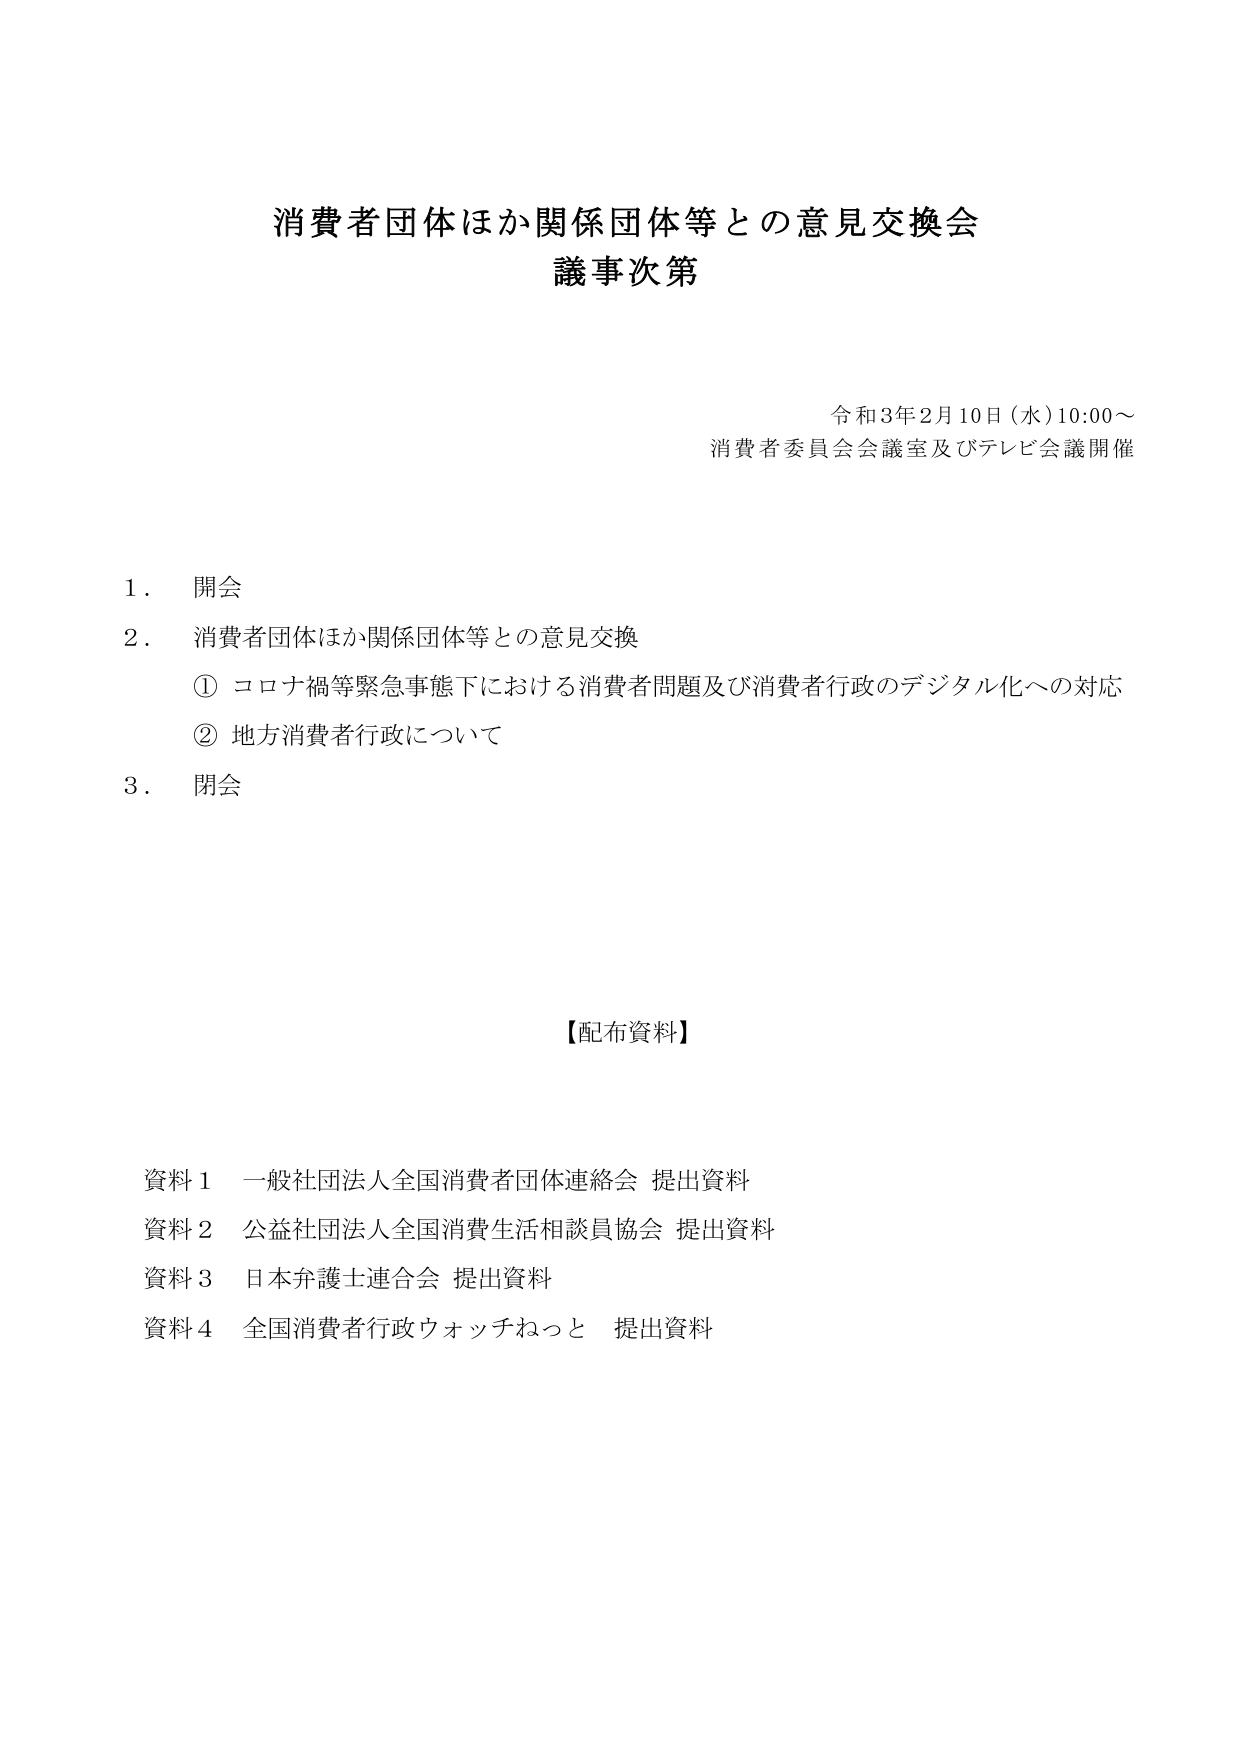
消費者団体ほか関係団体等との意見交換会
議事次第

令和3年2月10日（水）10:00～
消費者委員会会議室及びテレビ会議開催

1．開会
2．消費者団体ほか関係団体等との意見交換
　① コロナ禍等緊急事態下における消費者問題及び消費者行政のデジタル化への対応
　② 地方消費者行政について
3．閉会

【配布資料】

資料1 一般社団法人全国消費者団体連絡会 提出資料
資料2 公益社団法人全国消費生活相談員協会 提出資料
資料3 日本弁護士連合会 提出資料
資料4 全国消費者行政ウォッチねっと 提出資料